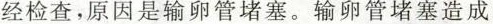
经检查，原因是输卵管堵塞。输卵管堵塞造成